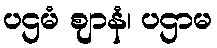
ပဌမံ ဈာနံ၊ ပဌာမ